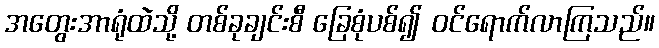
အတွေးအာရုံထဲသို့ တစ်ခုချင်းစီ ခြေစုံပစ်၍ ဝင်ရောက်လာကြသည်။